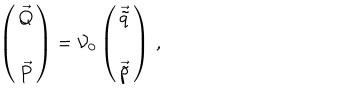
LaTeX: \left( \begin{array} { c } { { \vec { Q } } } \\ { { \vec { P } } } \\ \end{array} \right) = { \cal V } _ { 0 } \left( \begin{array} { c } { { \vec { \tilde { q } } } } \\ { { \vec { \tilde { p } } } } \\ \end{array} \right) \, ,